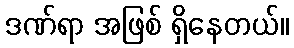
ဒဏ်ရာ အဖြစ် ရှိနေတယ်။